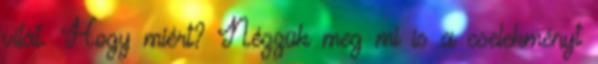
vitát. Hogy miért? Nézzük meg mi is a cselekményt